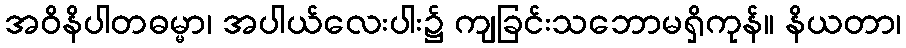
အဝိနိပါတဓမ္မာ၊ အပါယ်လေးပါး၌ ကျခြင်းသဘောမရှိကုန်။ နိယတာ၊